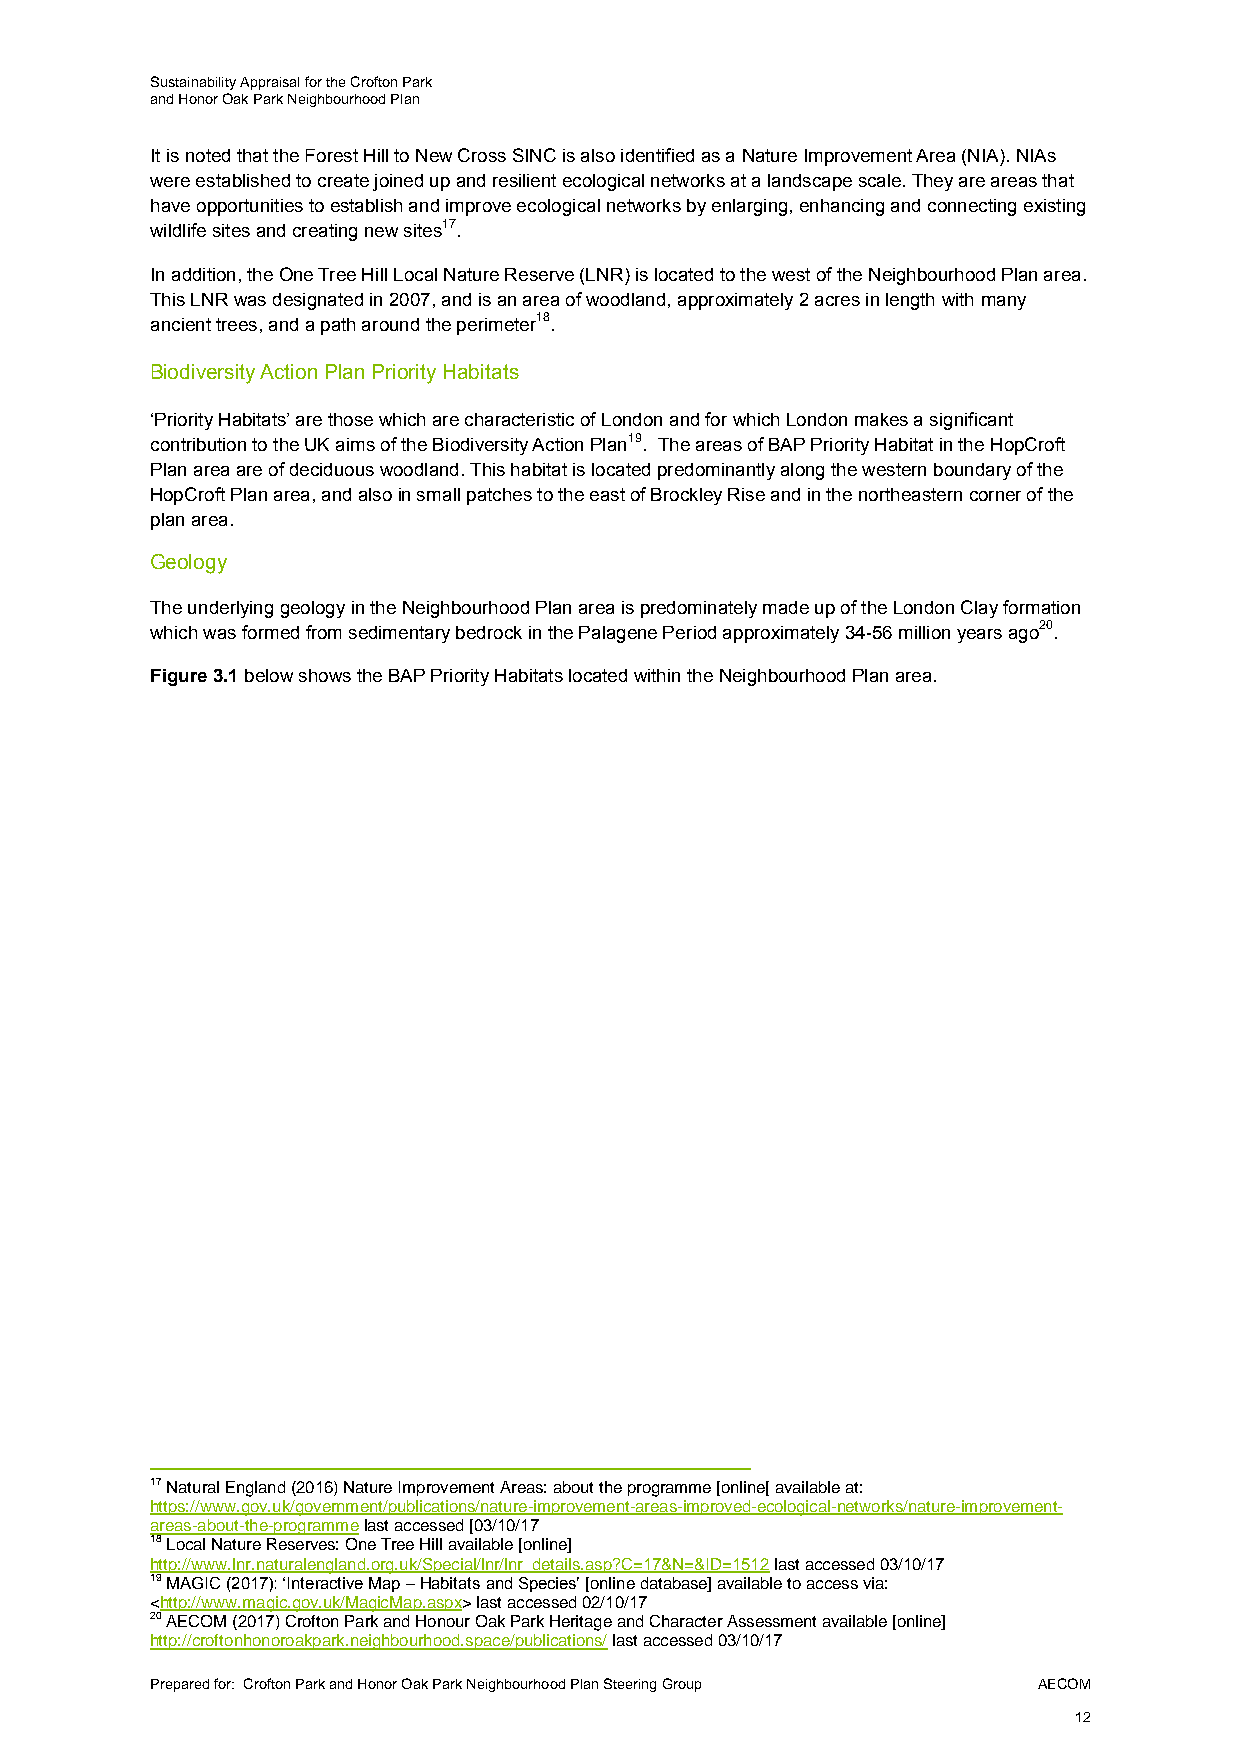
Sustainability Appraisal for the Crofton Park
 and Honor Oak Park Neighbourhood Plan
 It is noted that the Forest Hill to New Cross SINC is also identified as a Nature Improvement Area (NIA). NIAs
 were established to create joined up and resilient ecological networks at a landscape scale. They are areas that
 have opportunities to establish and improve ecological networks by enlarging, enhancing and connecting existing
 wildlife sites and creating new sites17.
 In addition, the One Tree Hill Local Nature Reserve (LNR) is located to the west of the Neighbourhood Plan area.
 This LNR was designated in 2007, and is an area of woodland, approximately 2 acres in length with many
 ancient trees, and a path around the perimeter18.
 Biodiversity Action Plan Priority Habitats
 ‘Priority Habitats’ are those which are characteristic of London and for which London makes a significant
 contribution to the UK aims of the Biodiversity Action Plan19. The areas of BAP Priority Habitat in the HopCroft
 Plan area are of deciduous woodland. This habitat is located predominantly along the western boundary of the
 HopCroft Plan area, and also in small patches to the east of Brockley Rise and in the northeastern corner of the
 plan area.
 Geology
 The underlying geology in the Neighbourhood Plan area is predominately made up of the London Clay formation
 which was formed from sedimentary bedrock in the Palagene Period approximately 34-56 million years ago20.
 Figure 3.1 below shows the BAP Priority Habitats located within the Neighbourhood Plan area.
 17 Natural England (2016) Nature Improvement Areas: about the programme [online[ available at:
 https://www.gov.uk/government/publications/nature-improvement-areas-improved-ecological-networks/nature-improvement-
 areas-about-the-programme last accessed [03/10/17
 18 Local Nature Reserves: One Tree Hill available [online]
 http://www.lnr.naturalengland.org.uk/Special/lnr/lnr_details.asp?C=17&N=&ID=1512 last accessed 03/10/17
 19 MAGIC (2017): ‘Interactive Map – Habitats and Species’ [online database] available to access via:
 <http://www.magic.gov.uk/MagicMap.aspx> last accessed 02/10/17
 20 AECOM (2017) Crofton Park and Honour Oak Park Heritage and Character Assessment available [online]
 http://croftonhonoroakpark.neighbourhood.space/publications/ last accessed 03/10/17
 Prepared for: Crofton Park and Honor Oak Park Neighbourhood Plan Steering Group AECOM
 12